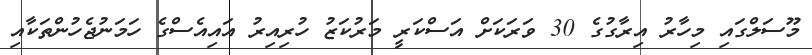
މޫސަލްގައި މިހާރު އިރާގުގެ 30 ވަރަކަށް އަސްކަރީ މަރުކަޒު ހުރިއިރު އައިއެސްގެ ހަމަނުޖެހުންތަކާއި